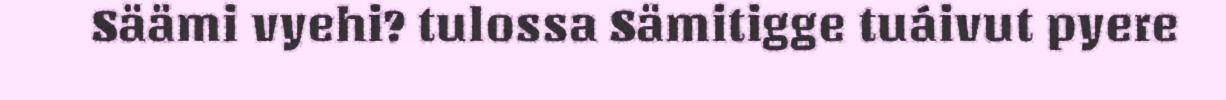
Säämi vyehi? tulossa Sämitigge tuáivut pyere